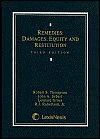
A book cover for Remedies: Damages, Equity, and Restitution; Law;